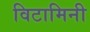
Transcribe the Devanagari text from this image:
विटामिनी